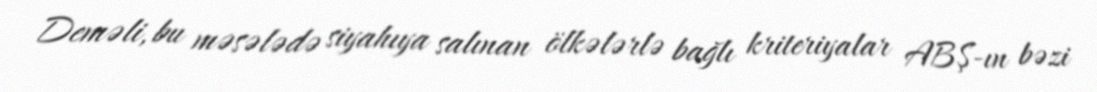
Deməli, bu məsələdə siyahıya salınan ölkələrlə bağlı kriteriyalar ABŞ-ın bəzi